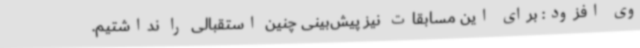
وی افزود: برای این مسابقات نیز پیش‌بینی چنین استقبالی را نداشتیم.